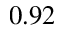
0 . 9 2